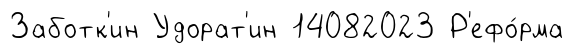
Заботк'ин Удорат'ин 14082023 Р'ефо́рма